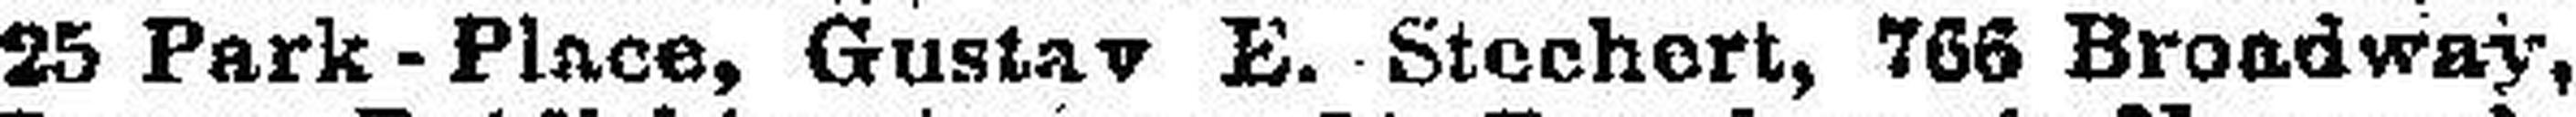
25 Park - Place, Gustav E. Stechert, 766 Broadway,